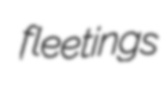
fleetings